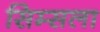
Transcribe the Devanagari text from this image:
सिम्सला